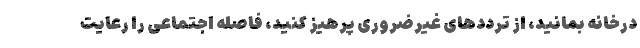
درخانه بمانید، از ترددهای غیرضروری پرهیز کنید، فاصله اجتماعی را رعایت